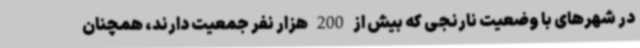
در شهرهای با وضعیت نارنجی که بیش از 200 هزار نفر جمعیت دارند، همچنان